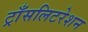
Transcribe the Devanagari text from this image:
ट्राँसलिटरेशन